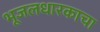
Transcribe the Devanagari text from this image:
भूजलधारकाचा